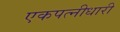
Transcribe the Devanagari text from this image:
एकपत्नीधारी